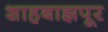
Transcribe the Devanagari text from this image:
शाहबाझपूर